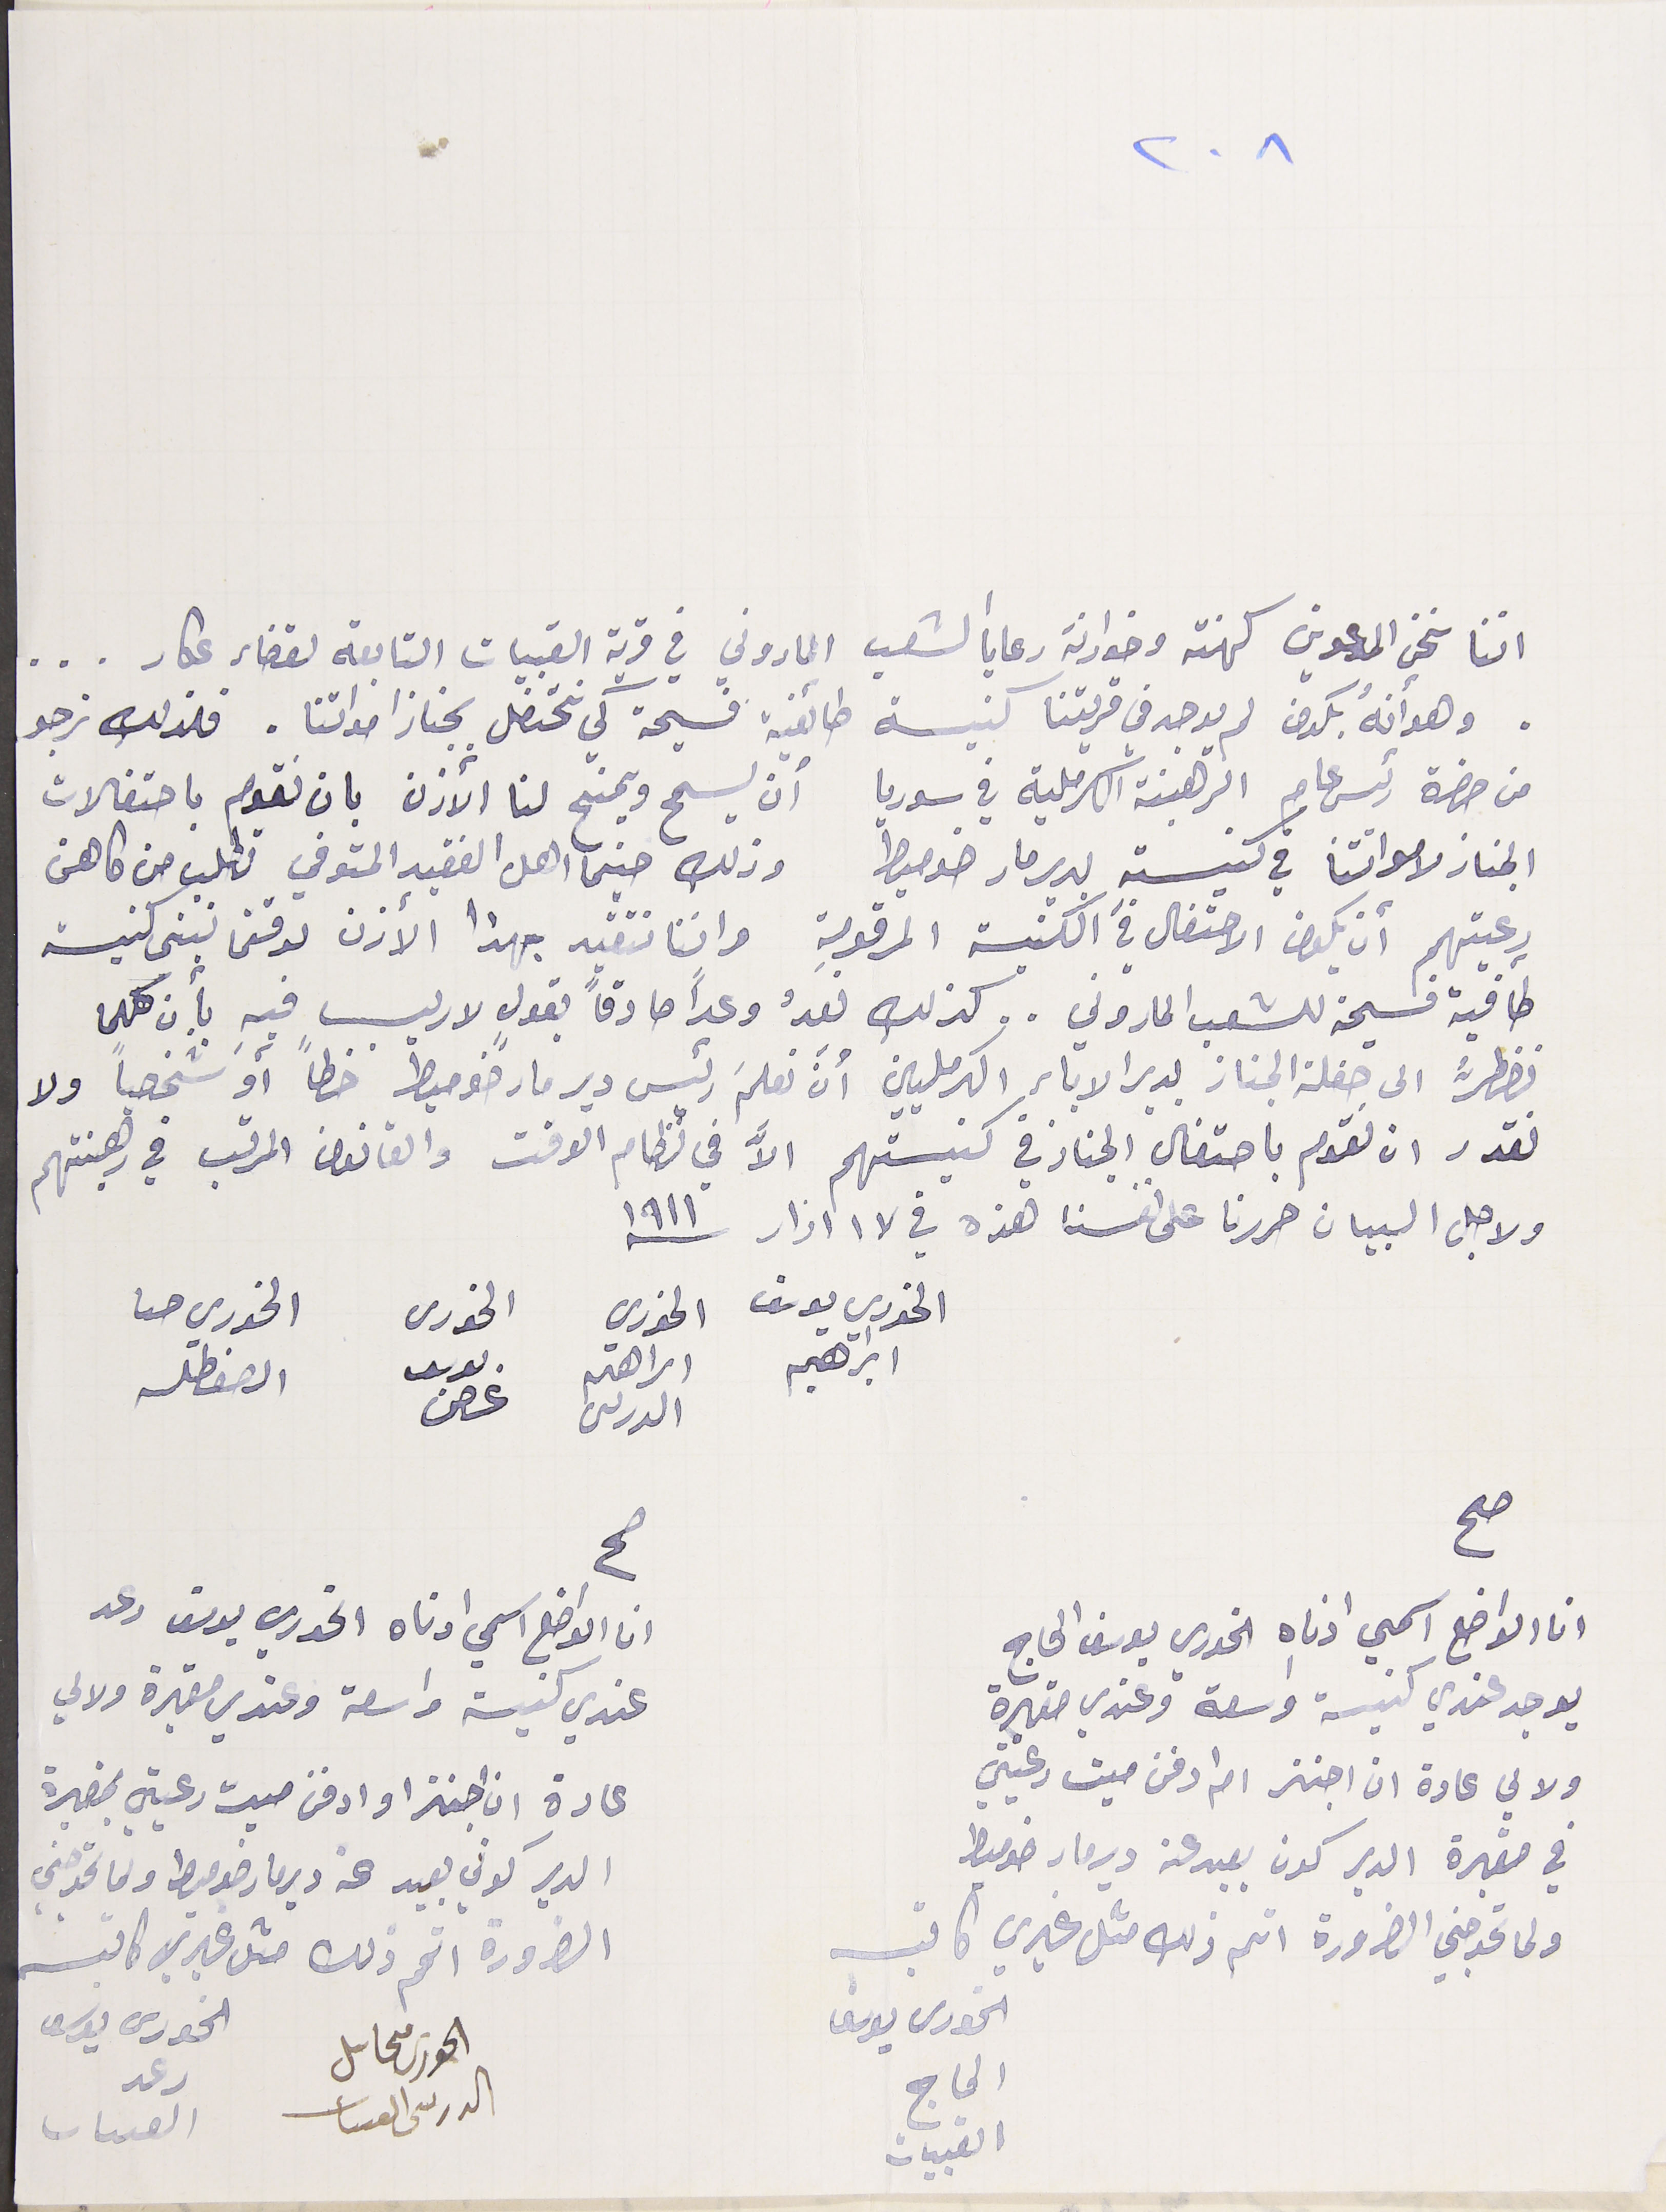
٢٠٨
اننا نحن المدعوين كهنة وخوارنة رعايا الشعب الماروني في قرية القبيات التابعة لقضاء عكار...
 وهو انهُ بكون لم يوجد في قريتنا كنيسة طائفية فسيحة كي نحتفل بجناز امواتنا. فلذلك نرجو
من حضرة رئيس عام الرهبنة الكرملية في سوريا أن يسمح ويمنح لنا الأذن بان نقوم باحتفالات
الجناز لامواتنا في كنيسته بدير مار ضوميط وذلك حينما اهل الفقيد المتوفي تطلب من كاهن
رعيتهم أن يكون الاحتفال في الكنيسة المرقومة واننا نتقيد بهذا الأذن لوقتما نبنى كنيسة
كافية فسيحة للشعب الماروني.. كذلك نعدُ وعداً صادقاً بقولٍ لا ريب فيهِ بأن كلما
نضطرُّ الى حفلة الجناز بدير الاباء الكرمليين أن نعلمَ رئيس دير مار ضوميط خطًا أو شخصيًا ولا
نقدر ان نقوم باحتفال الجناز في كنيستهم الاَّ في نظام الوقت والقانون المرقب في رهبنتهم
ولاجل البيان حررنا على نفسنا هذه في ١٧ اذار ١٩١١
الخوري يوسف الخوري الخورى الخوري حىا
ابراهيم اىراهم الدرىىى ىوسف غصن
انا الواضع اسمي اذناه الخوري يوسف الحاج                         ان الواضع اسملي ادناه الخوري يوسف رعد
يوجد عندي كنيسة واسعة وعندي مقبرة              عندي كنيسة واسعة وعندي مقبرة ولالي
ولالي عادة ان اجنز  ام ادفن ميت رعيتي                                        عادة ان اجنز او ادفن ميت رعيتي بمقبرة
في مقبرة الدير كون بعيد عن دير مار ضومط                 الدير كوني بعيد عن دير مار ضوميط ولما تحوجني
ولما تحوجني الضرورة اتم ذلك مثل غيري كاتب                          الضرورة اتمم ذلك متل غيري كاتب
الحورى يوسف                  الحورى محاىل                 الحورى يوسف
الحاج القبيات                               الدرىى القىىات                                    رعد القبيات
صح                                                                                    صح